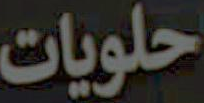
حلويات